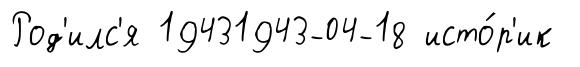
Род'илс'я 19431943-04-18 исто́р'ик